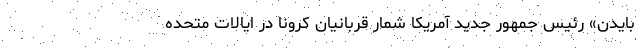
بایدن» رئیس جمهور جدید آمریکا شمار قربانیان کرونا در ایالات متحده